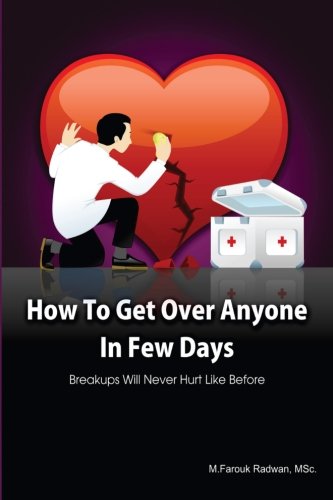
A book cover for How to get over anyone in few days (Paperback): Breakups will never hurt like before (Volume 1); M.Farouk Radwan; Parenting & Relationships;